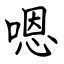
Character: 嗯